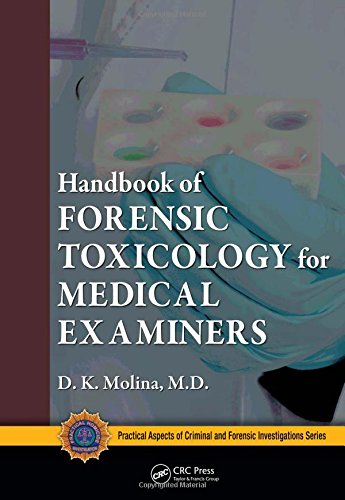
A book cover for Handbook of Forensic Toxicology for Medical Examiners (Practical Aspects of Criminal and Forensic Investigations); D. K. Molina  M.D.; Medical Books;